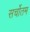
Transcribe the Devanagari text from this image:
सर्चोतम